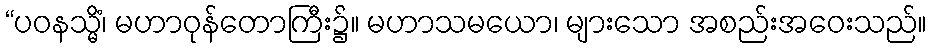
“ပဝနသ္မိံ၊ မဟာဝုန်တောကြီး၌။ မဟာသမယော၊ များသော အစည်းအဝေးသည်။